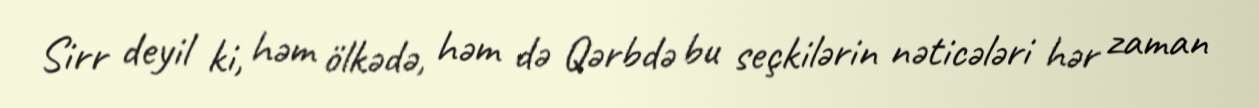
Sirr deyil ki, həm ölkədə, həm də Qərbdə bu seçkilərin nəticələri hər zaman